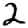
Digit: 2